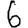
Digit: 6